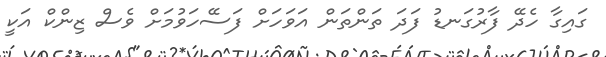
ގައިގާ ހެދޭ ފާރުގަނޑު ފަދަ ތަންތަން އަވަހަށް ފަސޭހަވުމަށް ވެސް ޒިންކް އަކީ